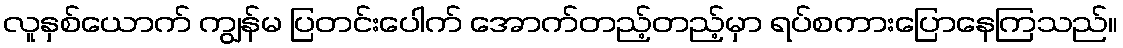
လူနှစ်ယောက် ကျွန်မ ပြတင်းပေါက် အောက်တည့်တည့်မှာ ရပ်စကားပြောနေကြသည်။